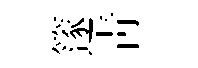
篴青